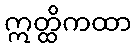
ဣတ္ထိကထာ